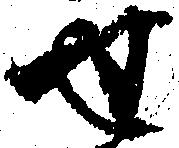
せ